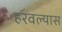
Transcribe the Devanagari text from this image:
हरवल्यास